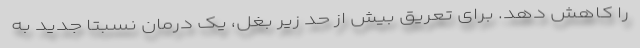
را کاهش دهد. برای تعریق بیش از حد زیر بغل، یک درمان نسبتا جدید به